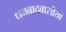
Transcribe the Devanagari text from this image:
धनबादवासीयों